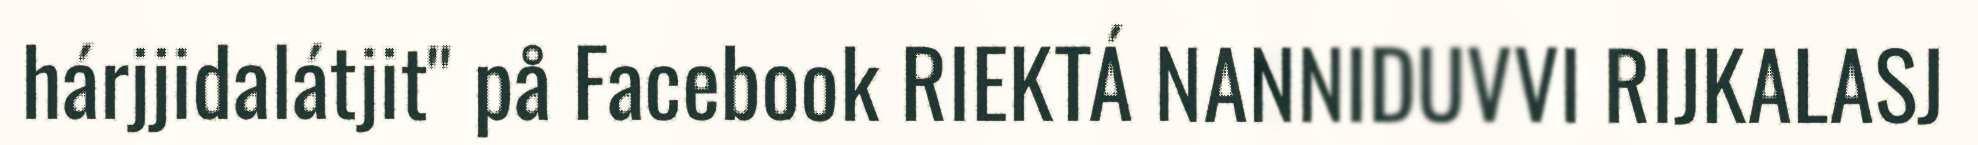
hárjjidalátjit" på Facebook RIEKTÁ NANNIDUVVI RIJKALASJ